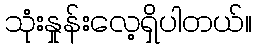
သုံးနှုန်းလေ့ရှိပါတယ်။